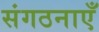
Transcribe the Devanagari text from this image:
संगठनाएँ